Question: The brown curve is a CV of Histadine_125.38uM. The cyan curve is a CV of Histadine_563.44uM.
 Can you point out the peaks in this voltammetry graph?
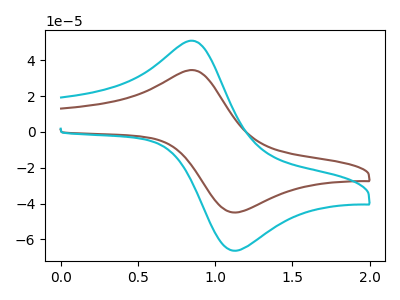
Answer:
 <answer>The brown curve "Histadine_125.38uM" has an anodic peak at (0.85V, 34.25uA) and a cathodic peak at (1.15V, -44.95uA). The cyan curve "Histadine_563.44uM" has an anodic peak at (0.85V, 50.45uA) and a cathodic peak at (1.15V, -66.25uA).</answer>
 <eval></eval>